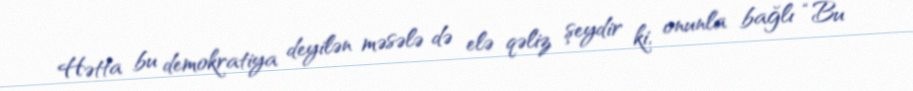
Hətta bu demokratiya deyilən məsələ də elə qəliz şeydir ki, onunla bağlı “Bu